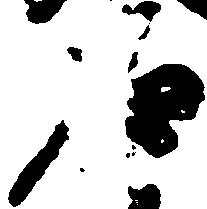
石